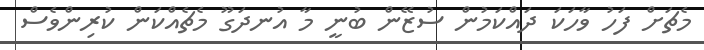
މެޗަށް ފަހު ވާހަކަ ދައްކަމުން ސުޒޭން ބުނީ މާ އުނދަގޫ މެޗެއްކަން ކުރިންވެސް